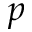
p